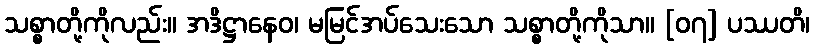
သစ္စာတို့ကိုလည်း။ အဒိဋ္ဌာနေဝ၊ မမြင်အပ်သေးသော သစ္စာတို့ကိုသာ။ [၀၇] ပဿတိ၊